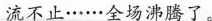
流不止……全场沸腾了。